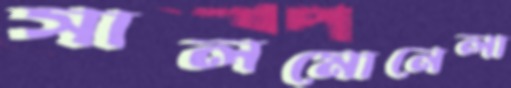
সালমোনেলা